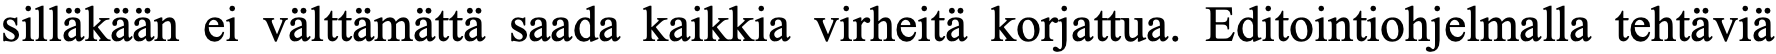
silläkään ei välttämättä saada kaikkia virheitä korjattua. Editointiohjelmalla tehtäviä